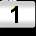
Digit: 1